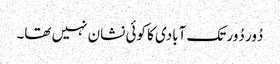
دُور دُور تک آبادی کا کوئی نشان نہیں تھا۔